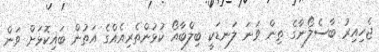
ޖެހިއިރު ބާސެލޯނާގެ ތިން ވަނަ ލަނޑަކީ ބިލްބާއޯ ކުޅުންތެރިއެއްގެ އަތުން ބައިކޮޅަށް ވަން